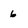
Character: 6